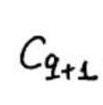
$C_{q + 1}$